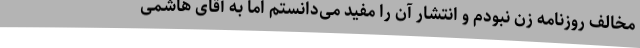
مخالف روزنامه زن نبودم و انتشار آن را مفید می‌دانستم اما به آقای هاشمی